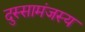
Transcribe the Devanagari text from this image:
दुस्सामंजस्य